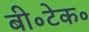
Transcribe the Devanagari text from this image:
बी॰टेक॰